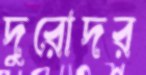
দুরোদর